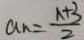
a _ { n } = \frac { n + 3 } { 2 }